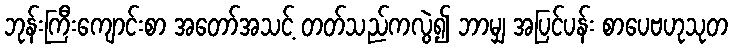
ဘုန်းကြီးကျောင်းစာ အတော်အသင့် တတ်သည်ကလွဲ၍ ဘာမျှ အပြင်ပန်း စာပေဗဟုသုတ